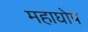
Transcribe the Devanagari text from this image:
महाघोष